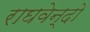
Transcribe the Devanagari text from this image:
राघवेन्दो